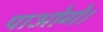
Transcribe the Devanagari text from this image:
पाओगे।